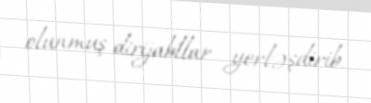
olunmuş dirijabllar yerləşdirib.